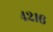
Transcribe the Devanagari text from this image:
४२१६